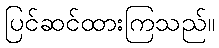
ပြင်ဆင်ထားကြသည်။